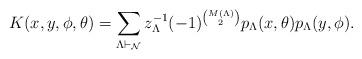
LaTeX: \begin{align*}K(x,y,\phi,\theta) = \sum_{\Lambda \vdash _{\mathcal{N}}} z_\Lambda^{-1} (-1)^{\binom{M(\Lambda)}{2}}p_{\Lambda}(x,\theta) p_{\Lambda}(y,\phi).\end{align*}